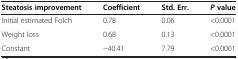
| Steatosis improvement | Coefficient | Std. Err. | Pvalue |
 | --- | --- | --- | --- |
 | Initial estimated Folch | 0.78 | 0.06 | <0.0001 |
 | Weight loss | 0.68 | 0.13 | <0.0001 |
 | Constant | −40.41 | 7.79 | <0.0001 |